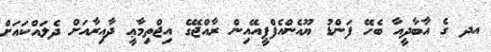
އދ ގެ އާބާދީއާ ބެހޭ ފަންޑު ޔޫއެންއެފްޕީއޭއިން ރާއްޖޭގެ އިޖްތިމާޢީ ދާއިރާއަށް ދެލައްކައަށް